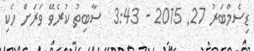
ޑިސެމްބަރު 27